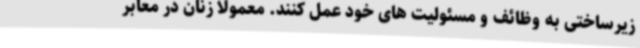
زیرساختی به وظائف و مسئولیت های خود عمل کنند. معمولا زنان در معابر